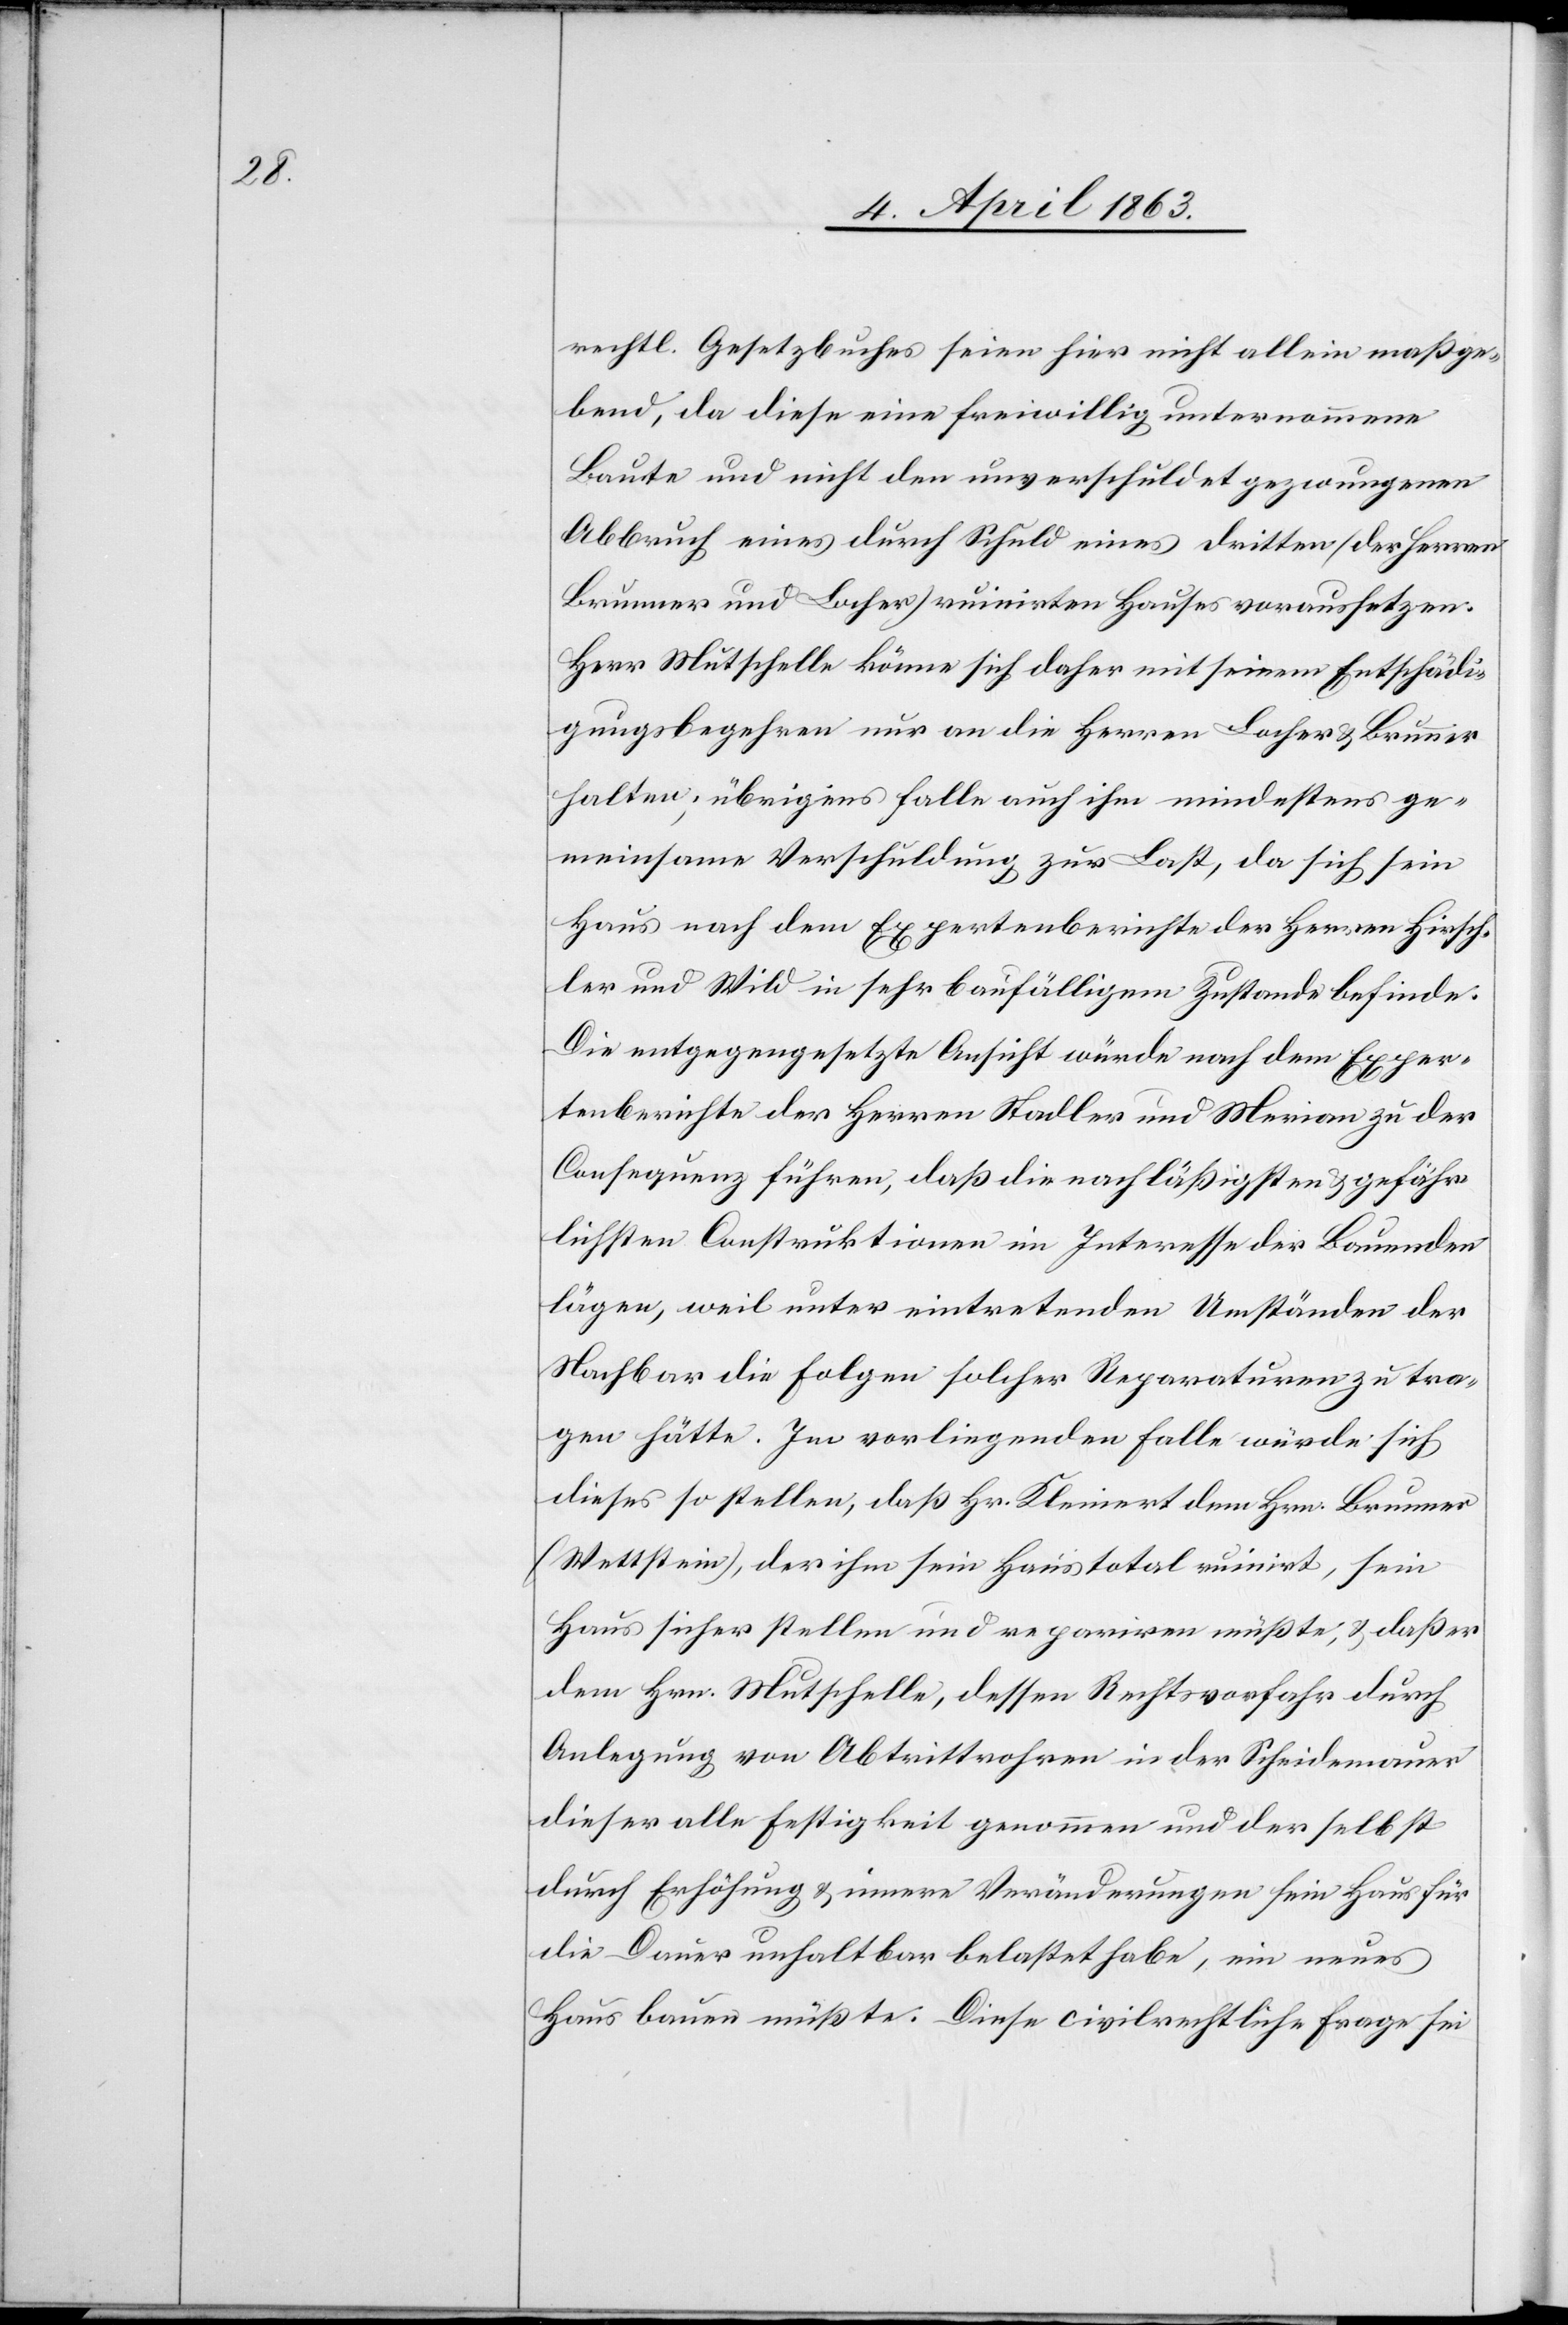
rechtl. Gesetzbuches seien hier nicht allein maßge¬
bend, da diese eine freiwillig unternommene
Baute und nicht den unverschuldet gezwungenen
Abbruch eines durch Schuld eines dritten (der Herren
Brunner und Locher) ruinirten Hauses voraussetzen.
Herr Mutschelle könne sich daher mit seinem Entschädi¬
gungsbegehren nur an die Herren Locher & Brunner
halten; übrigens falle auch ihm mindestens ge¬
meinsame Verschuldung zur Last, da sich sein
Haus nach dem Expertenberichte der Herren Hirsch¬
ler und Wild in sehr baufälligem Zustande befinde.
Die entgegengesetzte Ansicht würde nach dem Exper¬
tenberichte der Herren Stadler und Merian zu der
Consequenz führen, daß die nachläßigsten & gefähr¬
lichsten Construktionen im Interesse der Bauenden
lägen, weil unter eintretenden Umständen der
Nachbar die Folgen solcher Reparaturen zu tra¬
gen hätte. Im vorliegenden Falle würde sich
dieses so stellen, daß Hr. Kleinert dem Hrn. Brunner
(Wettstein), der ihm sein Haus total ruinirt, sein
Haus sicher stellen und repariren müßte, & daß er
dem Hrn. Mutschelle, dessen Rechtsvorfahr durch
Anlegung von Abtrittrohren in der Scheidemauer
dieser alle Festigkeit genommen und der selbst
durch Erhöhung & innere Veränderungen sein Haus für
die Dauer unhaltbar belastet habe, ein neues
Haus bauen müßte. Diese civilrechtliche Frage sei